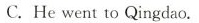
C.He went to Qingdao.